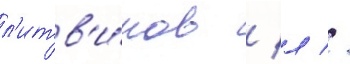
л'итв'и́нов / л //